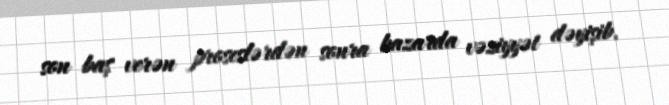
son baş verən proseslərdən sonra bazarda vəziyyət dəyişib.